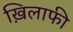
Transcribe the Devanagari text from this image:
ख़िलाफी